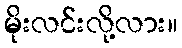
မိုးလင်းလို့လား။